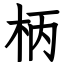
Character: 柄